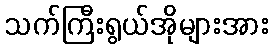
သက်ကြီးရွယ်အိုများအား